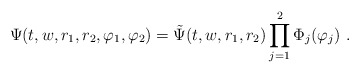
\begin{align*}\Psi(t,w,r_1,r_2,\varphi_1,\varphi_2) =\tilde \Psi(t,w,r_1,r_2) \prod_{j=1}^2 \Phi_j(\varphi_j ) \ .\end{align*}